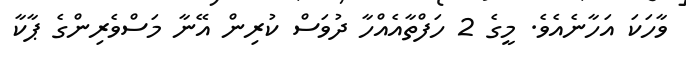
ވާހަކަ އަހާނެއެވެ. މީގެ 2 ހަފްތާއެއްހާ ދުވަސް ކުރިން އޭނާ މަސްވެރިންގެ ޕާކާ